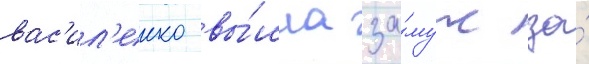
вас'ил'енко вы́шла за́муж за́